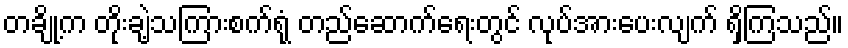
တချို့က တိုးချဲ့သကြားစက်ရုံ တည်ဆောက်ရေးတွင် လုပ်အားပေးလျက် ရှိကြသည်။